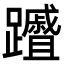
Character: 𮜦